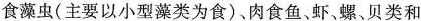
食藻虫(主要以小型藻类为食)、肉食鱼、虾、螺、贝类和